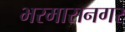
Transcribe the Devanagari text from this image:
भरमासनगर